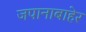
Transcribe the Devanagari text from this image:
जपानाबाहेर